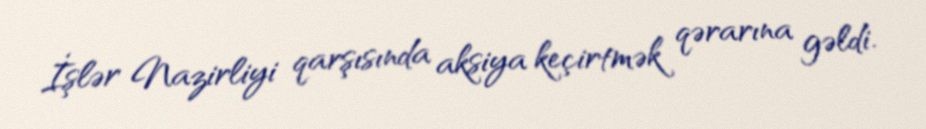
İşlər Nazirliyi qarşısında aksiya keçirtmək qərarına gəldi.